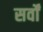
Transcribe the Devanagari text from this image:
सर्वों